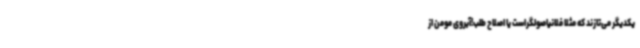
یکدیگر می‌تازند که مثلا فلانیاصولگراست یا اصلاح طلب!آبروی مومن از